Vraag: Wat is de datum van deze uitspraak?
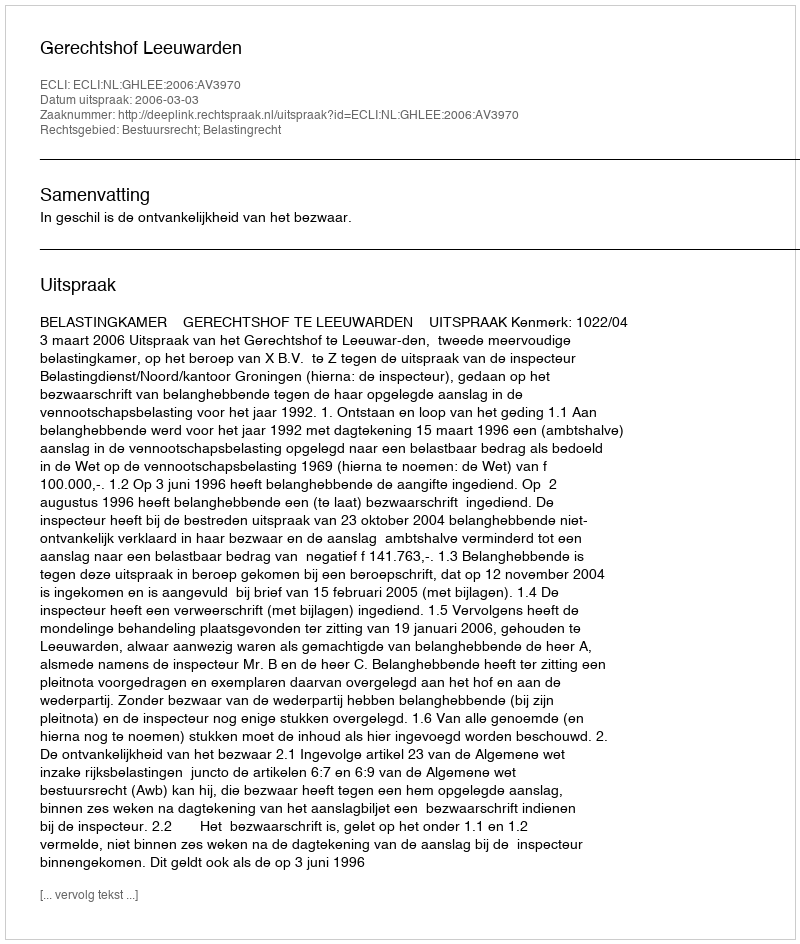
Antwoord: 2006-03-03